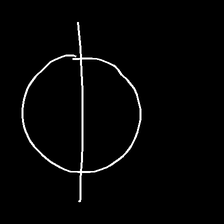
Glyph: orb